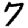
Digit: 7